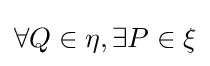
\forall Q\in \eta ,\exists P\in \xi